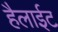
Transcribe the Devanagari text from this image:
हैलाईट